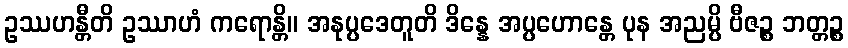
ဥဿဟန္တီတိ ဥဿာဟံ ကရောန္တိ။ အနုပ္ပဒေတူတိ ဒိန္နေ အပ္ပဟောန္တေ ပုန အညမ္ပိ ဗီဇဉ္စ ဘတ္တဉ္စ